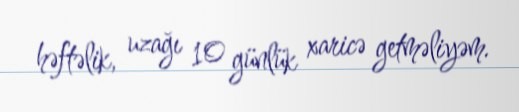
həftəlik, uzağı 10 günlük xaricə getməliyəm.